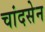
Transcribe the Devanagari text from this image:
चांदसेन